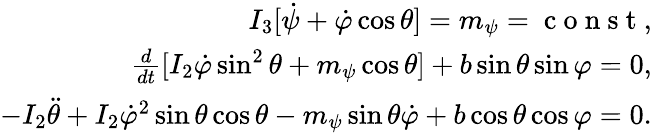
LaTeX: \begin{array}{r}{I_{3}[\dot{\psi}+\dot{\varphi}\cos\theta]=m_{\psi}=\mathrm{~c~o~n~s~t~},}\\ {\frac{d}{dt}[I_{2}\dot{\varphi}\sin^{2}\theta+m_{\psi}\cos\theta]+b\sin\theta\sin\varphi=0,}\\ {-I_{2}\ddot{\theta}+I_{2}\dot{\varphi}^{2}\sin\theta\cos\theta-m_{\psi}\sin\theta\dot{\varphi}+b\cos\theta\cos\varphi=0.}\end{array}